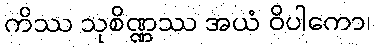
ကိဿ သုစိဏ္ဏဿ အယံ ဝိပါကော၊